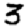
Digit: 3